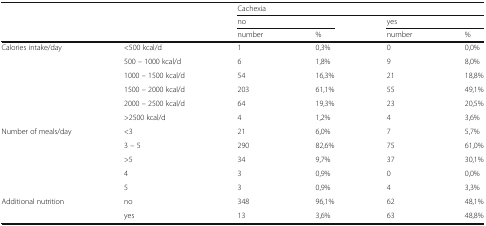
<table><thead><tr><td rowspan="3" colspan="2"></td><td colspan="4"><b>Cachexia</b></td></tr><tr><td colspan="2"><b>no</b></td><td colspan="2"><b>yes</b></td></tr><tr><td><b>number</b></td><td><b>%</b></td><td><b>number</b></td><td><b>%</b></td></tr></thead><tbody><tr><td rowspan="6">Calories intake/day</td><td>&lt;500 kcal/d</td><td>1</td><td>0,3%</td><td>0</td><td>0,0%</td></tr><tr><td>500 – 1000 kcal/d</td><td>6</td><td>1,8%</td><td>9</td><td>8,0%</td></tr><tr><td>1000 – 1500 kcal/d</td><td>54</td><td>16,3%</td><td>21</td><td>18,8%</td></tr><tr><td>1500 – 2000 kcal/d</td><td>203</td><td>61,1%</td><td>55</td><td>49,1%</td></tr><tr><td>2000 – 2500 kcal/d</td><td>64</td><td>19,3%</td><td>23</td><td>20,5%</td></tr><tr><td>&gt;2500 kcal/d</td><td>4</td><td>1,2%</td><td>4</td><td>3,6%</td></tr><tr><td rowspan="5">Number of meals/day</td><td>&lt;3</td><td>21</td><td>6,0%</td><td>7</td><td>5,7%</td></tr><tr><td>3 – 5</td><td>290</td><td>82,6%</td><td>75</td><td>61,0%</td></tr><tr><td>&gt;5</td><td>34</td><td>9,7%</td><td>37</td><td>30,1%</td></tr><tr><td>4</td><td>3</td><td>0,9%</td><td>0</td><td>0,0%</td></tr><tr><td>5</td><td>3</td><td>0,9%</td><td>4</td><td>3,3%</td></tr><tr><td rowspan="2">Additional nutrition</td><td>no</td><td>348</td><td>96,1%</td><td>62</td><td>48,1%</td></tr><tr><td>yes</td><td>13</td><td>3,6%</td><td>63</td><td>48,8%</td></tr></tbody></table>